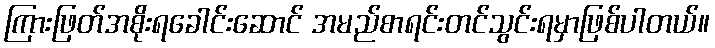
ကြားဖြတ်အစိုးရခေါင်းဆောင် အမည်စာရင်းတင်သွင်းရမှာဖြစ်ပါတယ်။